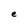
Character: e